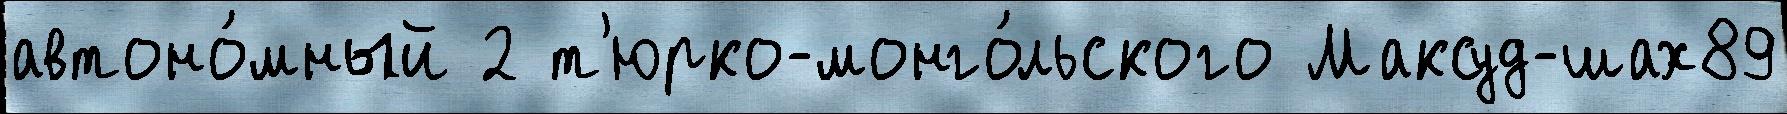
автоно́мный 2 т'юрко-монго́льского Максуд-шах89